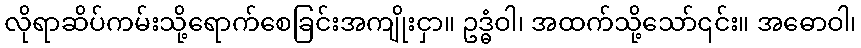
လိုရာဆိပ်ကမ်းသို့ရောက်စေခြင်းအကျိုးငှာ။ ဥဒ္ဓံဝါ၊ အထက်သို့သော်၎င်း။ အဓောဝါ၊